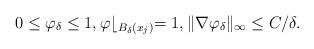
LaTeX: \begin{align*}0\leq \varphi_\delta\leq 1,\varphi\lfloor_{B_\delta(x_j)}=1,\|\nabla \varphi_\delta\|_\infty\leq C/\delta.\end{align*}